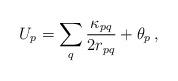
LaTeX: \begin{align*}U_p = \sum_q \frac{\kappa_{pq}}{2 r_{pq}} + \theta_p \, ,\end{align*}